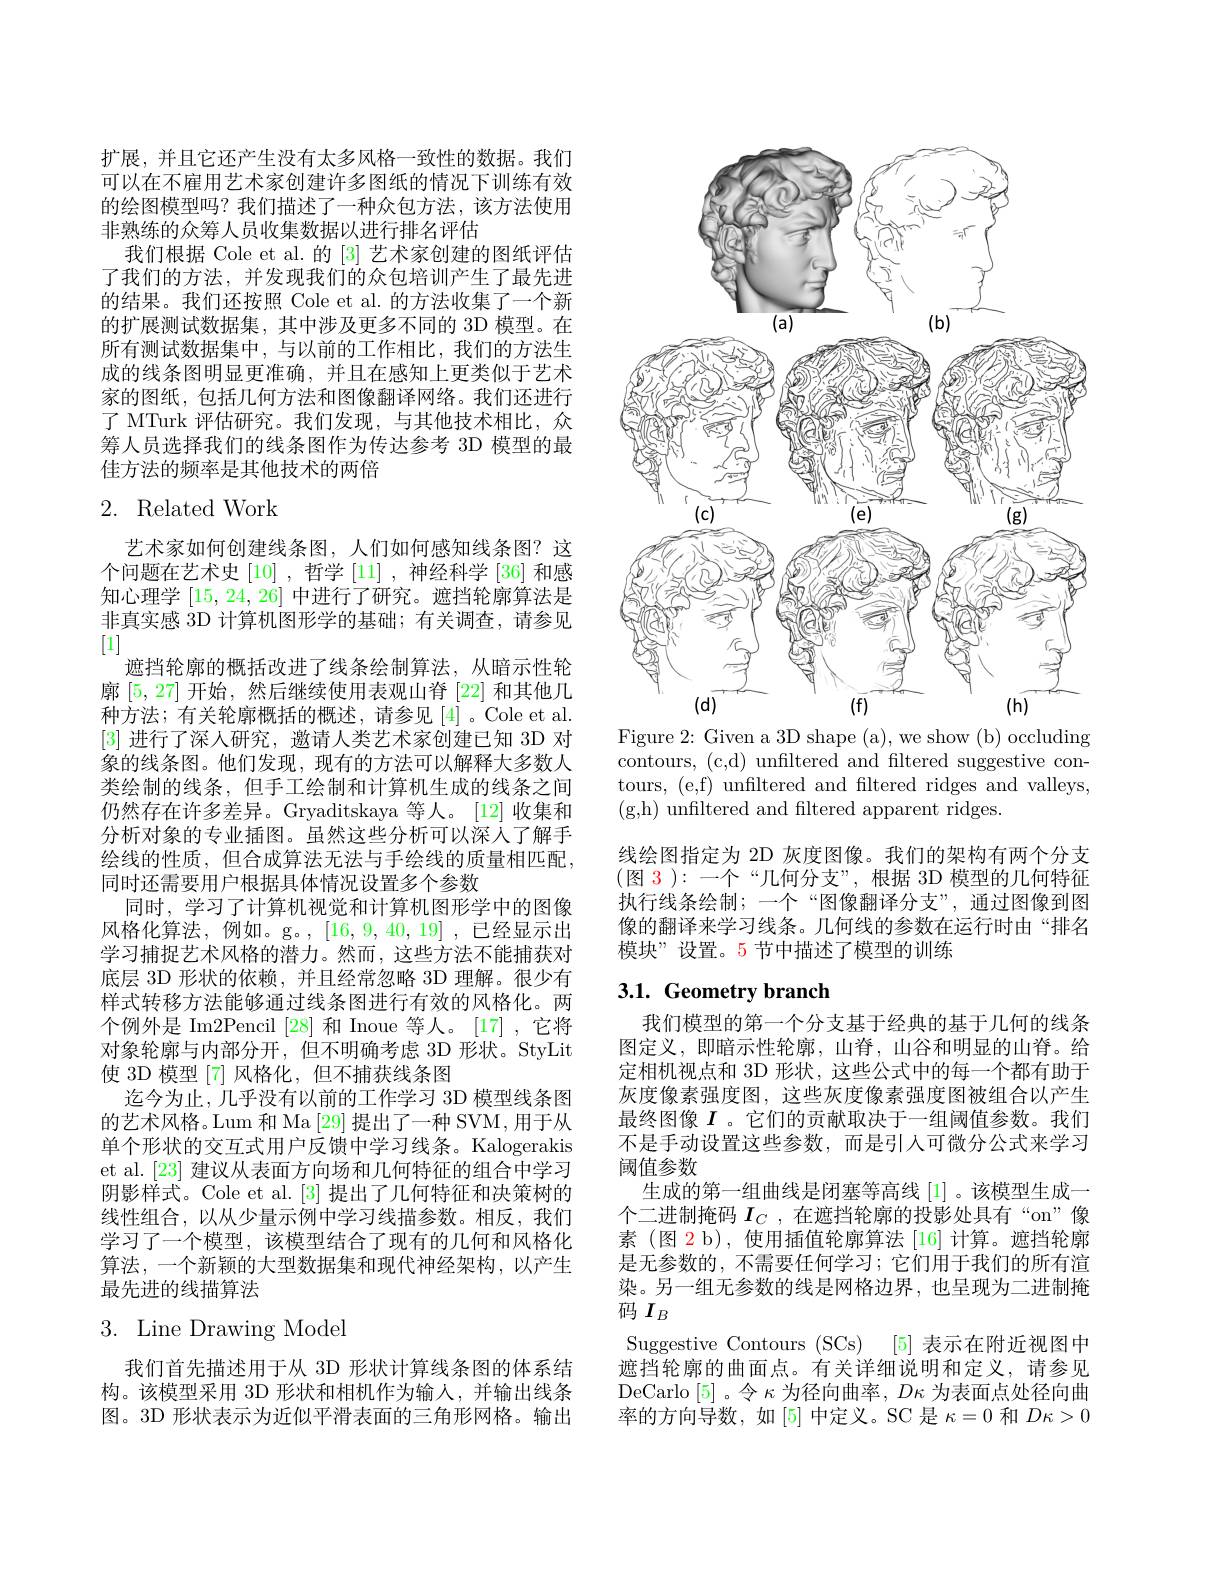
扩展，并且它还产生没有太多风格一致性的数据。我们可以在不雇用艺术家创建许多图纸的情况下训练有效的绘图模型吗？我们描述了一种众包方法，该方法使用非熟练的众筹人员收集数据以进行排名评估
我们根据 Cole et al.的[3]艺术家创建的图纸评估了我们的方法，并发现我们的众包培训产生了最先进的结果。我们还按照 Cole et al. 的方法收集了一个新的扩展测试数据集，其中涉及更多不同的 3D 模型。在所有测试数据集中，与以前的工作相比，我们的方法生成的线条图明显更准确，并且在感知上更类似于艺术家的图纸，包括几何方法和图像翻译网络。我们还进行了 MTurk 评估研究。我们发现，与其他技术相比，众筹人员选择我们的线条图作为传达参考 3D 模型的最佳方法的频率是其他技术的两倍

# 2. Related Work

艺术家如何创建线条图，人们如何感知线条图？这个问题在艺术史[10] ,哲学 [11] ,神经科学 [36] 和感知心理学[15,24,26]中进行了研究。遮挡轮廓算法是非真实感 3D 计算机图形学的基础；有关调查，请参见[1]
遮挡轮廓的概括改进了线条绘制算法，从暗示性轮廓[5,27]开始，然后继续使用表观山脊[22]和其他几种方法；有关轮廓概括的概述，请参见[4]。Cole et al. [3]进行了深人研究，邀请人类艺术家创建已知 3D 对象的线条图。他们发现，现有的方法可以解释大多数人类绘制的线条，但手工绘制和计算机生成的线条之间仍然存在许多差异。Gryaditskaya 等人。[12]收集和分析对象的专业插图。虽然这些分析可以深人了解手绘线的性质，但合成算法无法与手绘线的质量相匹配， 同时还需要用户根据具体情况设置多个参数
同时，学习了计算机视觉和计算机图形学中的图像风格化算法，例如。g。,[16,9,40,19],已经显示出学习捕捉艺术风格的潜力。然而，这些方法不能捕获对底层 3D 形状的依赖，并且经常忽略 3D 理解。很少有样式转移方法能够通过线条图进行有效的风格化。两个例外是 Im2Pencil [28] 和 Inoue 等人。[17] ,它将对象轮廓与内部分开，但不明确考虑 3D 形状。StyLit 使 3D 模型 [7] 风格化，但不捕获线条图
迄今为止，几乎没有以前的工作学习 3D 模型线条图的艺术风格。Lum 和 Ma [29] 提出了一种 SVM, 用于从单个形状的交互式用户反馈中学习线条。Kalogerakis et al. [23] 建议从表面方向场和几何特征的组合中学习阴影样式。Cole et al.[3] 提出了几何特征和决策树的线性组合，以从少量示例中学习线描参数。相反，我们学习了一个模型，该模型结合了现有的几何和风格化算法，一个新颖的大型数据集和现代神经架构，以产生最先进的线描算法

# 3. Line Drawing Model

我们首先描述用于从 3D 形状计算线条图的体系结构。该模型采用 3D 形状和相机作为输人，并输出线条图。3D 形状表示为近似平滑表面的三角形网格。输出

<FigureHere>
Figure 2: Given a 3D shape (a), we show (b) occluding

contours, (c,d) unfiltered and filtered suggestive contours, (e,f) unfiltered and filtered ridges and valleys, (g,h) unfiltered and filtered apparent ridges.

线绘图指定为 2D 灰度图像。我们的架构有两个分支(图 3 ):一个“几何分支”,根据 3D 模型的几何特征执行线条绘制；一个“图像翻译分支”,通过图像到图像的翻译来学习线条。几何线的参数在运行时由“排名模块”设置。5 节中描述了模型的训练

## 3.1. Geometry branch

我们模型的第一个分支基于经典的基于几何的线条图定义，即暗示性轮廓，山脊，山谷和明显的山脊。给定相机视点和 3D 形状，这些公式中的每一个都有助于灰度像素强度图，这些灰度像素强度图被组合以产生最终图像$I$ 。它们的贡献取决于一组阈值参数。我们不是手动设置这些参数，而是引入可微分公式来学习阈值参数
生成的第一组曲线是闭塞等高线[1] 。该模型生成一个二进制掩码$I_C$ ,在遮挡轮廓的投影处具有“on”像素 (图 2 b), 使用插值轮廓算法 [16] 计算。遮挡轮廓是无参数的，不需要任何学习；它们用于我们的所有渲染。另一组无参数的线是网格边界，也呈现为二进制掩码$I_B$
Suggestive Contours (SCs) [5] 表示在附近视图中遮挡轮廓的曲面点。有关详细说明和定义，请参见DeCarlo [5] 。令$\kappa$为径向曲率，$D\kappa$为表面点处径向曲率的方向导数，如[5]中定义。SC 是$\kappa=0$和$D\kappa>0$